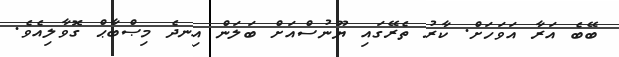
ބޭބެ އަރާ އަވަހަށް. ކާރު ތެރޭގައި ޔޫނުސްއަށް ބަލަން އިނދެ މިޞްބާޙް ގޮވާލިއެވެ.